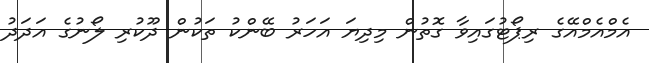
އެމްއެމްއޭގެ ރިޕޯޓުގައިވާ ގޮތުން މިިދިޔަ އަހަރު ބޭންކު ތަކުން ދޫކުރި ލޯނުގެ އަދަދު